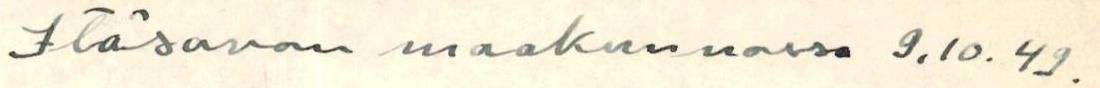
Itäsavon maakunnassa 9.10.49.